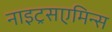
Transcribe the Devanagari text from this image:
नाइट्रसएमिन्स